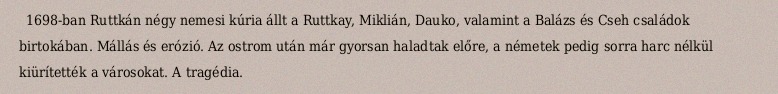
1698-ban Ruttkán négy nemesi kúria állt a Ruttkay, Miklián, Dauko, valamint a Balázs és Cseh családok birtokában. Mállás és erózió. Az ostrom után már gyorsan haladtak előre, a németek pedig sorra harc nélkül kiürítették a városokat. A tragédia.